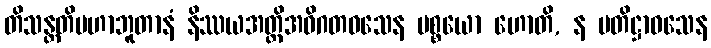
တိသန္တတိမဟာဘူတာနံ နိဿယအတ္ထိအဝိဂတဝသေန ပစ္စယော ဟောတိ, န ပတိဋ္ဌာဝသေန